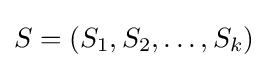
S=(S_{1},S_{2},\dots ,S_{k})